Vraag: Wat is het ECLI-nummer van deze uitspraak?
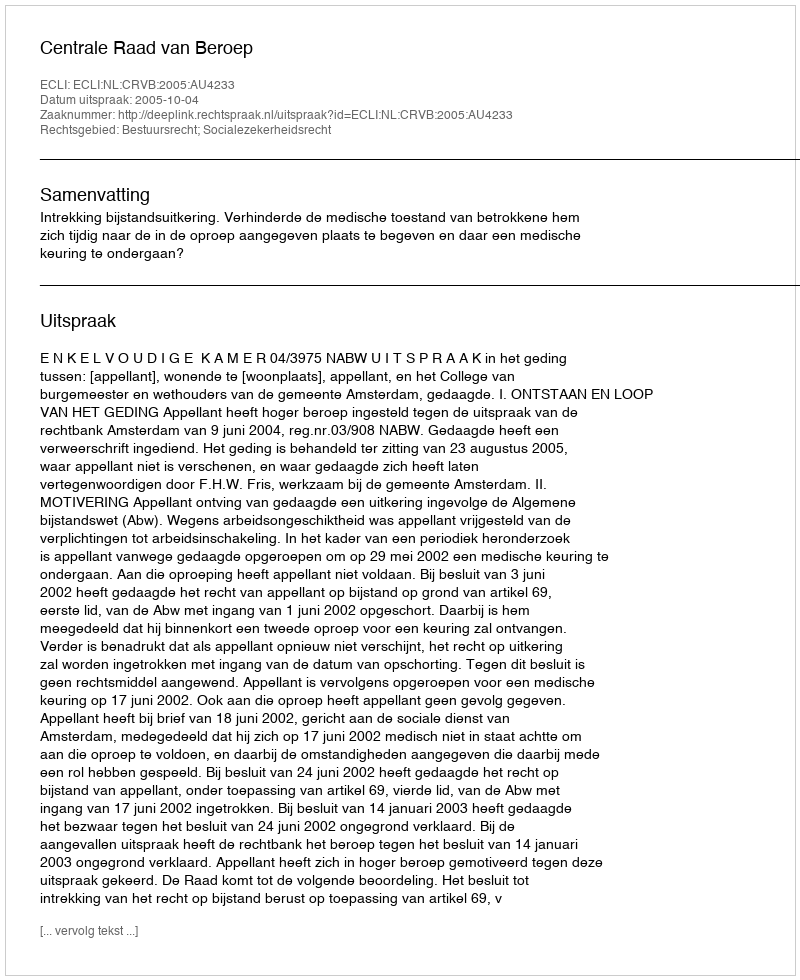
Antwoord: ECLI:NL:CRVB:2005:AU4233